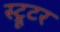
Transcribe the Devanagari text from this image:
स्ट्रूटर